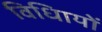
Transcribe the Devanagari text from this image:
विधिायों